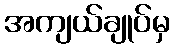
အကျယ်ချုပ်မှ